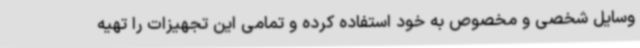
وسایل شخصی و مخصوص به خود استفاده کرده و تمامی این تجهیزات را تهیه